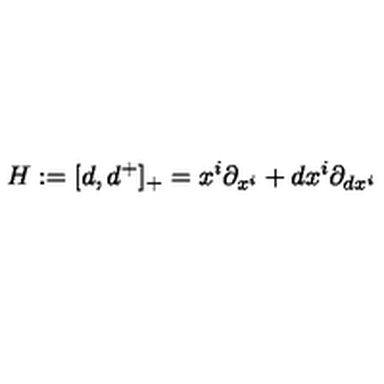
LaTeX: H : = [ d , d ^ { + } ] _ { + } = x ^ { i } \partial _ { x ^ { i } } + d x ^ { i } \partial _ { d x ^ { i } }